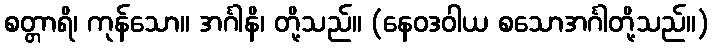
စတ္တာရိ၊ ကုန်သော။ အင်္ဂါနိ၊ တို့သည်။ (နေဝဒဝါယ စသောအင်္ဂါတို့သည်။)